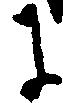
に